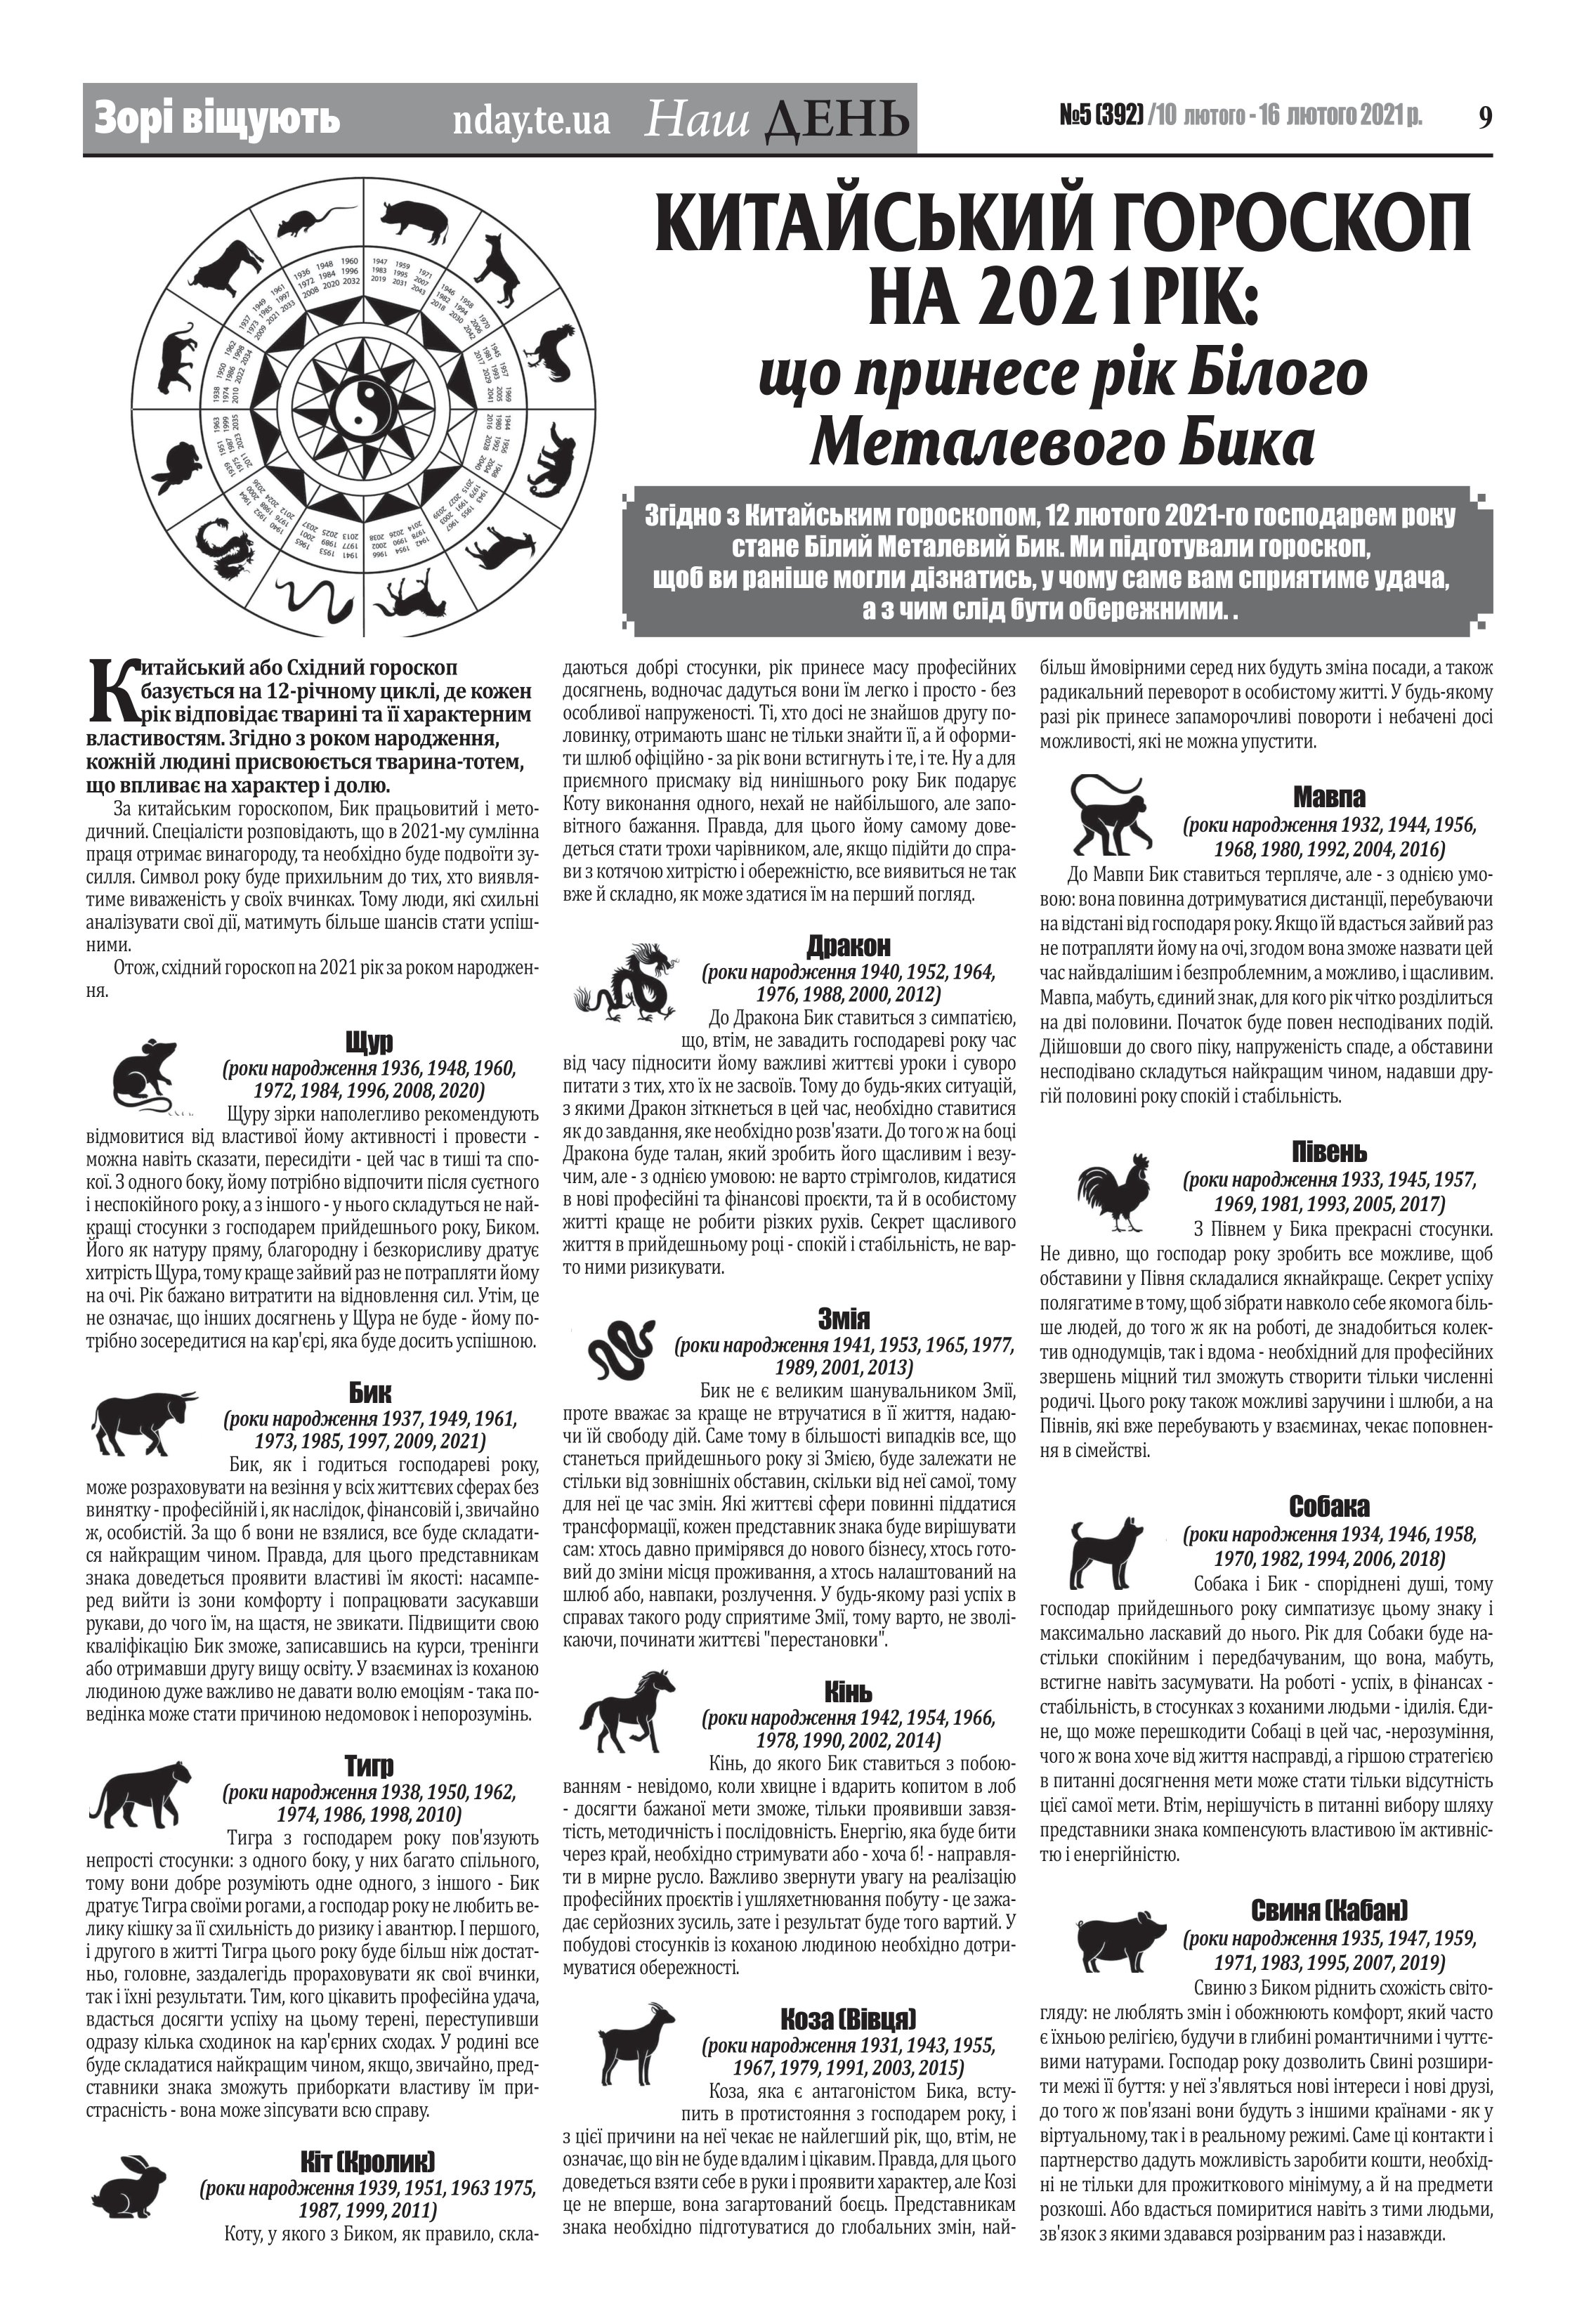
Language: uk